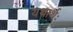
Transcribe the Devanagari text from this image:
यथार्थः